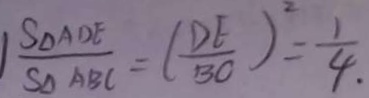
\frac { S _ { \Delta A D E } } { S _ { \Delta A B C } } = ( \frac { D E } { B C } ) = \frac { 1 } { 4 }